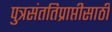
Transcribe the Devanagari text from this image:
पुत्रसंततिप्राप्तीसाठी